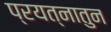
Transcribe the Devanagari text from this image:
प्रयत्नातुन